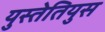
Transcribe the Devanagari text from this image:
युस्तेतियुस